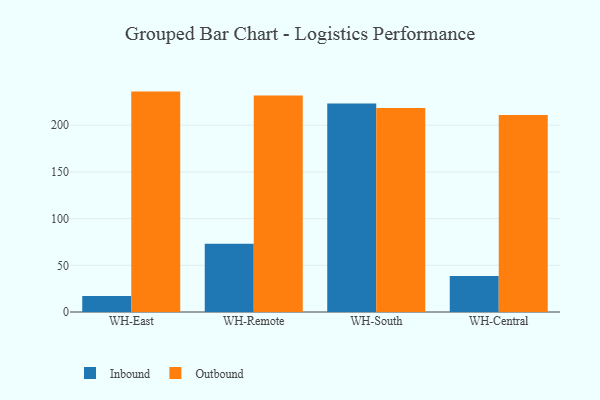
{"axis": {"x": "Warehouse", "y": "Revenue (USD Million)"}, "legend": ["Inbound", "Outbound"], "data": [{"x": "WH-East", "y": 17.1, "type": "Inbound"}, {"x": "WH-East", "y": 236.0, "type": "Outbound"}, {"x": "WH-Remote", "y": 73.2, "type": "Inbound"}, {"x": "WH-Remote", "y": 231.9, "type": "Outbound"}, {"x": "WH-South", "y": 223.3, "type": "Inbound"}, {"x": "WH-South", "y": 218.4, "type": "Outbound"}, {"x": "WH-Central", "y": 38.6, "type": "Inbound"}, {"x": "WH-Central", "y": 211.0, "type": "Outbound"}]}